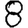
Digit: 8